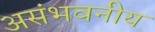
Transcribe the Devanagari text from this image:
असंभवनीय